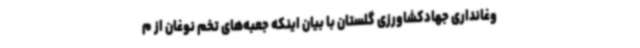
وغانداری جهادکشاورزی گلستان با بیان اینکه جعبه‌های تخم نوغان از م